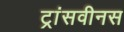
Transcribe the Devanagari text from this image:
ट्रांसवीनस